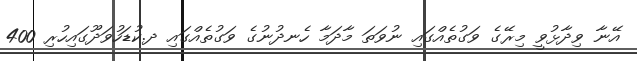
އޭނާ ވިދާޅުވީ މިރޭގެ ވަގުތެއްގައި ނުވަތަ މާދަމާ ހެނދުނުގެ ވަގުތެއްގައި ދ.ކުޑަހުވަދޫގައިހުރި 400